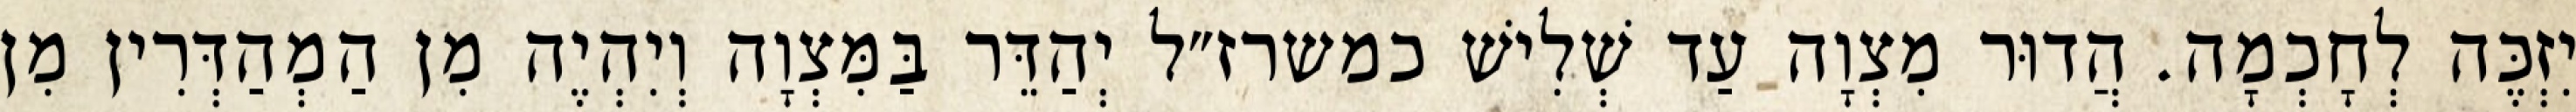
יִזְכֶּה לְחָכְמָה. הֲדוּר מִצְוָה עַד שְׁלִישׁ כמשרז״ל יְהַדֵּר בַּמִּצְוָה וְיִהְיֶה מִן הַמְהַדְּרִין מִן